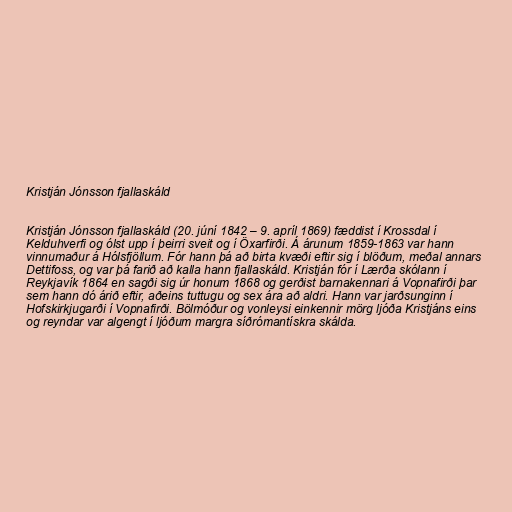
Kristján Jónsson fjallaskáld

Kristján Jónsson fjallaskáld (20. júní 1842 – 9. apríl 1869) fæddist í Krossdal í
Kelduhverfi og ólst upp í þeirri sveit og í Öxarfirði. Á árunum 1859-1863 var hann
vinnumaður á Hólsfjöllum. Fór hann þá að birta kvæði eftir sig í blöðum, meðal annars
Dettifoss, og var þá farið að kalla hann fjallaskáld. Kristján fór í Lærða skólann í
Reykjavík 1864 en sagði sig úr honum 1868 og gerðist barnakennari á Vopnafirði þar
sem hann dó árið eftir, aðeins tuttugu og sex ára að aldri. Hann var jarðsunginn í
Hofskirkjugarði í Vopnafirði. Bölmóður og vonleysi einkennir mörg ljóða Kristjáns eins
og reyndar var algengt í ljóðum margra síðrómantískra skálda.